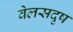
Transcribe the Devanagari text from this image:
वेलसदृष